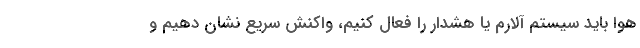
هوا باید سیستم آلارم یا هشدار را فعال کنیم، واکنش سریع نشان دهیم و